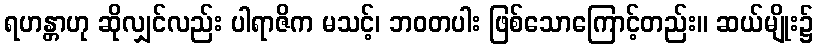
ရဟန္တာဟု ဆိုလျှင်လည်း ပါရာဇိက မသင့်၊ ဘဝတပါး ဖြစ်သောကြောင့်တည်း။ ဆယ်မျိုး၌